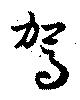
駕